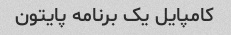
کامپایل یک برنامه پایتون